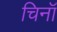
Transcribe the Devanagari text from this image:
चिनॉ